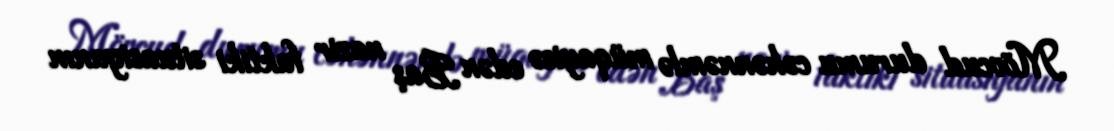
Mövcud durumu cəhənnəmlə müqayisə edən Baş nazir faktiki situasiyanın